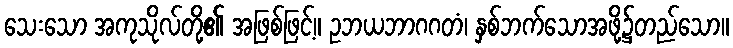
သေးသော အကုသိုလ်တို့၏ အဖြစ်ဖြင့်။ ဥဘယဘာဂဂတံ၊ နှစ်ဘက်သောအဖို့၌တည်သော။